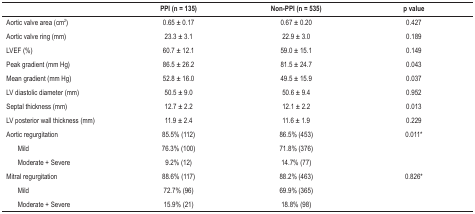
<table><thead><tr><td><b> </b></td><td><b>PPI (n = 135)</b></td><td><b>Non-PPI (n = 535)</b></td><td><b>p value</b></td></tr></thead><tbody><tr><td>Aortic valve area (cm<sup>2</sup>)</td><td>0.65 ± 0.17</td><td>0.67 ± 0.20</td><td>0.427</td></tr><tr><td>Aortic valve ring (mm)</td><td>23.3 ± 3.1</td><td>22.9 ± 3.0</td><td>0.189</td></tr><tr><td>LVEF (%)</td><td>60.7 ± 12.1</td><td>59.0 ± 15.1</td><td>0.149</td></tr><tr><td>Peak gradient (mm Hg)</td><td>86.5 ± 26.2</td><td>81.5 ± 24.7</td><td>0.043</td></tr><tr><td>Mean gradient (mm Hg)</td><td>52.8 ± 16.0</td><td>49.5 ± 15.9</td><td>0.037</td></tr><tr><td>LV diastolic diameter (mm)</td><td>50.5 ± 9.0</td><td>50.6 ± 9.4</td><td>0.952</td></tr><tr><td>Septal thickness (mm)</td><td>12.7 ± 2.2</td><td>12.1 ± 2.2</td><td>0.013</td></tr><tr><td>LV posterior wall thickness (mm)</td><td>11.9 ± 2.4</td><td>11.6 ± 1.9</td><td>0.229</td></tr><tr><td>Aortic regurgitation</td><td>85.5% (112)</td><td>86.5% (453)</td><td>0.011*</td></tr><tr><td>Mild</td><td>76.3% (100)</td><td>71.8% (376)</td><td> </td></tr><tr><td>Moderate + Severe</td><td>9.2% (12)</td><td>14.7% (77)</td><td> </td></tr><tr><td>Mitral regurgitation</td><td>88.6% (117)</td><td>88.2% (463)</td><td>0.826*</td></tr><tr><td>Mild</td><td>72.7% (96)</td><td>69.9% (365)</td><td> </td></tr><tr><td>Moderate + Severe</td><td>15.9% (21)</td><td>18.8% (98)</td><td> </td></tr></tbody></table>